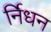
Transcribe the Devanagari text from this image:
र्निधन